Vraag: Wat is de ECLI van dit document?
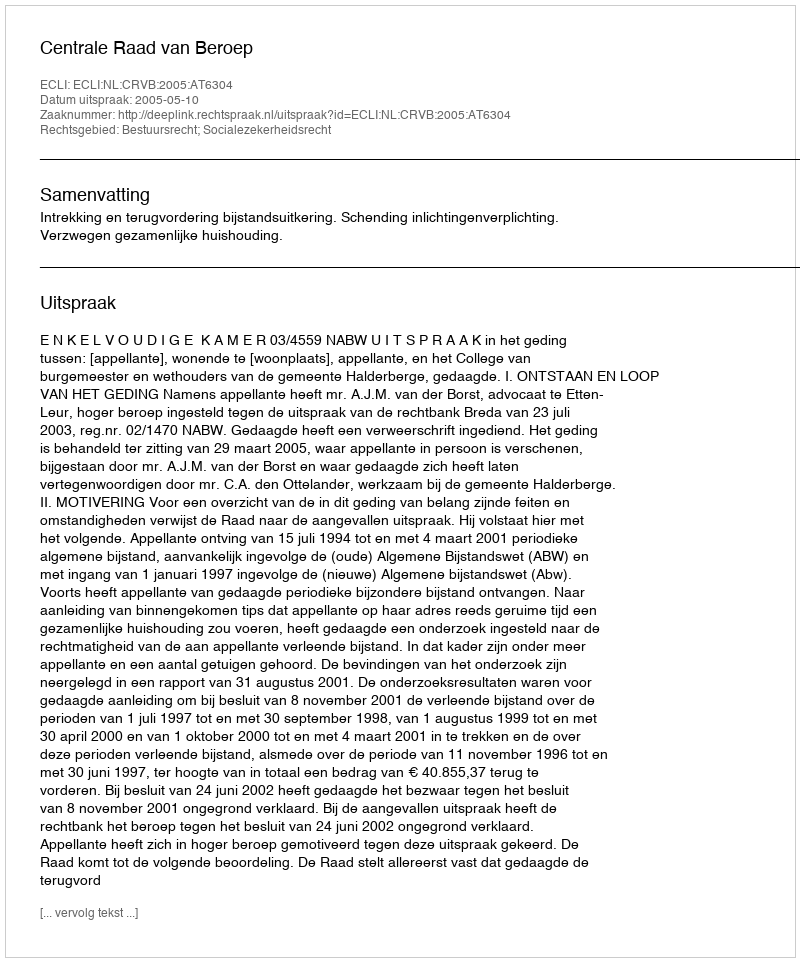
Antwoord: ECLI:NL:CRVB:2005:AT6304